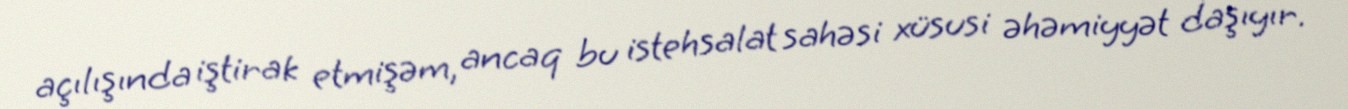
açılışında iştirak etmişəm, ancaq bu istehsalat sahəsi xüsusi əhəmiyyət daşıyır.